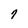
Character: 7